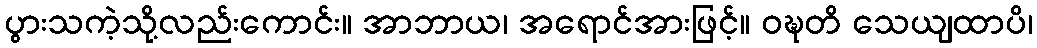
ပွားသကဲ့သို့လည်းကောင်း။ အာဘာယ၊ အရောင်အားဖြင့်။ ဝဍ္ဎတိ သေယျထာပိ၊